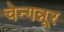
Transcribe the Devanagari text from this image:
चेन्गन्नूर